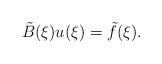
LaTeX: \begin{align*}\tilde B(\xi) u(\xi) = \tilde f(\xi).\end{align*}